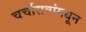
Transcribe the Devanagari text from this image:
चर्चासत्रांमधून